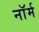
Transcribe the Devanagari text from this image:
नाॅर्म